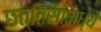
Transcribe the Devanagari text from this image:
छत्तिसांमध्ये